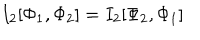
LaTeX: I _ { 2 } [ \Phi _ { 1 } , \Phi _ { 2 } ] = I _ { 2 } [ \Phi _ { 2 } , \Phi _ { 1 } ]